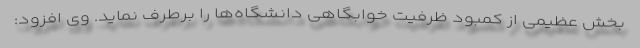
بخش عظیمی از کمبود ظرفیت خوابگاهی دانشگاه‌ها را برطرف نماید. وی افزود: